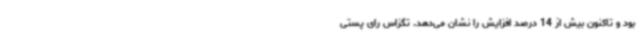
بود و تاکنون بیش از 14 درصد افزایش را نشان می‌دهد. تگزاس رای پستی